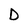
Character: D